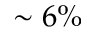
\sim 6 \%